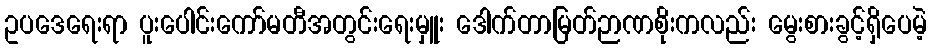
ဥပဒေရေးရာ ပူးပေါင်းကော်မတီအတွင်းရေးမှူး ဒေါက်တာမြတ်ဉာဏစိုးကလည်း မွေးစားခွင့်ရှိပေမဲ့